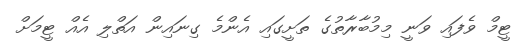
ޓީމް ވެފައި ވަނީ މިމުބާރާތުގެ ތަށީގައި އެންމެ ގިނައިން އަތްލި އެއް ޓީމަށް